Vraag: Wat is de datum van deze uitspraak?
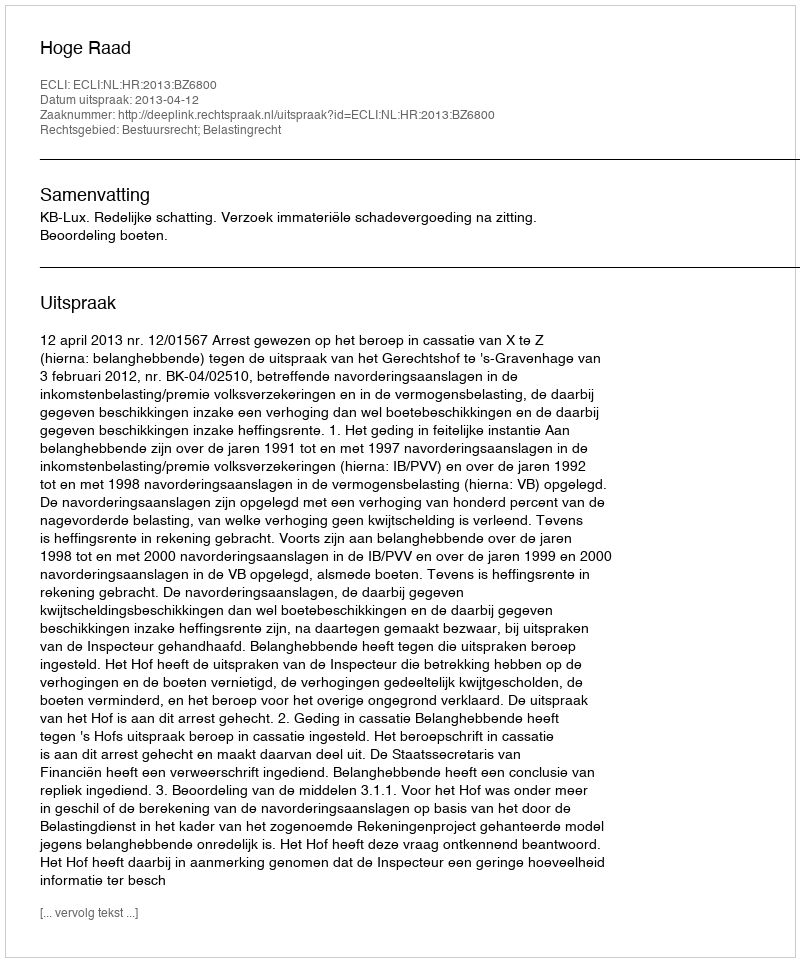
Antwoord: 2013-04-12